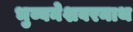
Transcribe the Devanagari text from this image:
भुब्वनेशवरनाथ